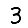
Digit: 3